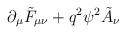
LaTeX: \begin{align*}\partial_\mu \tilde F_{\mu\nu} + q^2 \psi^2 \tilde A_\nu\end{align*}